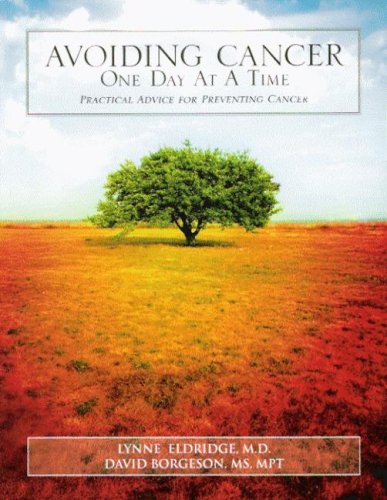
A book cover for Avoiding Cancer One Day At A Time: Practical Advice For Preventing Cancer; Lynne Eldridge; Health, Fitness & Dieting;